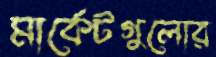
মার্কেটগুলোর